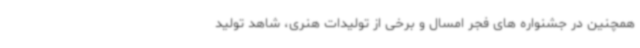
همچنین در جشنواره‌ های فجر امسال و برخی از تولیدات هنری، شاهد تولید